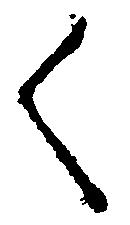
く